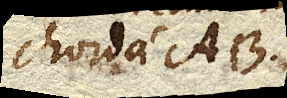
cordae ab